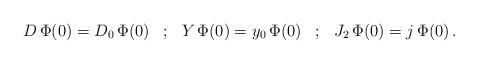
LaTeX: \begin{align*}\begin{array}{ccccc} D \, \Phi(0) = D_0 \, \Phi(0)&;& Y \, \Phi(0) = y_0 \, \Phi(0) &;&J_2\, \Phi(0) = j \, \Phi(0)\,.\end{array}\end{align*}